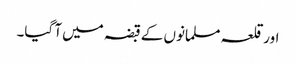
اورقلعہ مسلمانوں کے قبضہ میں آ گیا۔